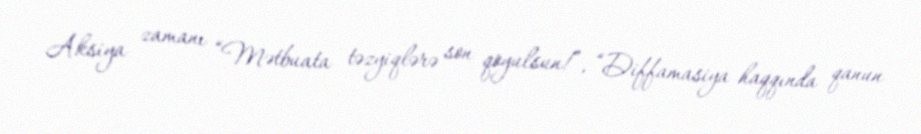
Aksiya zamanı “Mətbuata təzyiqlərə son qoyulsun!”, “Diffamasiya haqqında qanun